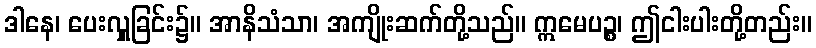
ဒါနေ၊ ပေးလှူခြင်း၌။ အာနိသံသာ၊ အကျိုးဆက်တို့သည်။ ဣမေပဉ္စ၊ ဤငါးပါးတို့တည်း။